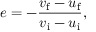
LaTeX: e = - { \frac { v _ { \mathrm { f } } - u _ { \mathrm { f } } } { v _ { \mathrm { i } } - u _ { \mathrm { i } } } } ,